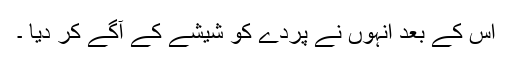
اس کے بعد انہوں نے پردے کو شیشے کے آگے کر دیا ۔